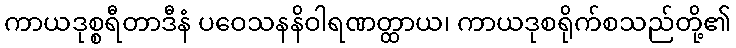
ကာယဒုစ္စရီတာဒီနံ ပဝေသနနိဝါရဏတ္ထာယ၊ ကာယဒုစရိုက်စသည်တို့၏